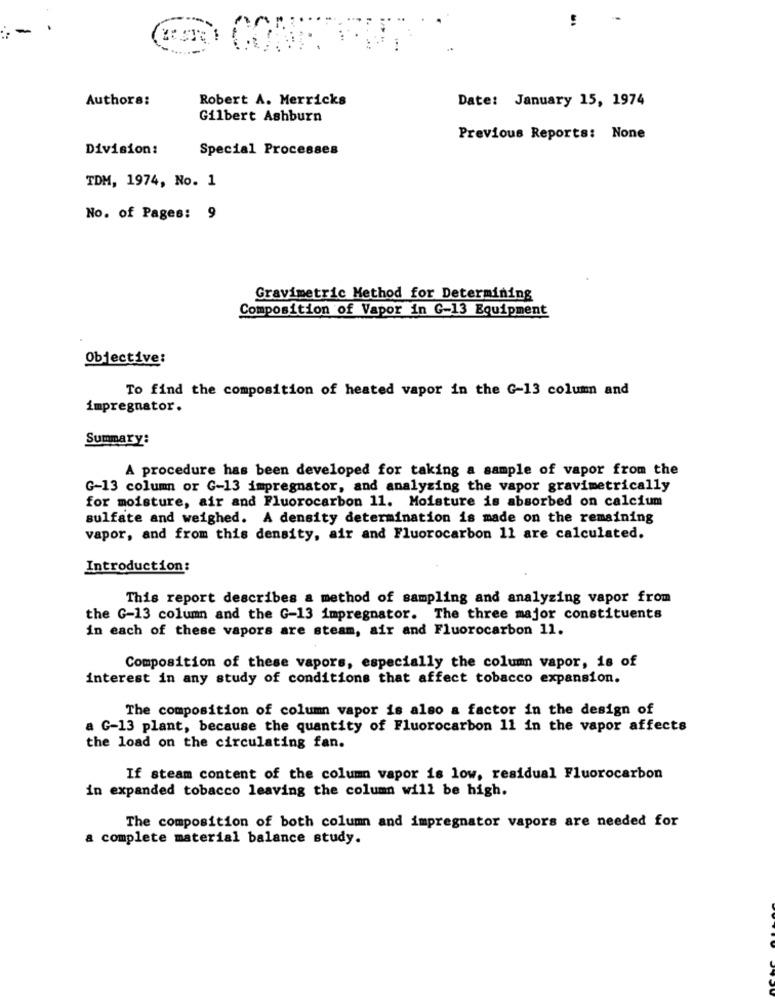
Authors:
Robert A. Merricks
Date: January 15, 1974
Gilbert Ashburn
Previous Reports: None
Division:
Special Processes
TDM, 1974, No. 1
No. of Pages: 9
Gravimetric Method for Determining
Composition of Vapor in G-13 Equipment
Objective:
To find the composition of heated vapor in the G-13 column and
impregnator.
Summary:
A procedure has been developed for taking a sample of vapor from the
G-13 column or G-13 impregnator, and analyzing the vapor gravimetrically
for moisture, air and Fluorocarbon 11. Moisture is absorbed on calcium
sulfate and weighed. A density determination is made on the remaining
vapor, and from this density, air and Fluorocarbon 11 are calculated.
Introduction:
This report describes a method of sampling and analyzing vapor from
the G-13 column and the G-13 impregnator. The three major constituents
in each of these vapors are steam, air and Fluorocarbon 11.
Composition of these vapors, especially the column vapor, is of
interest in any study of conditions that affect tobacco expansion.
The composition of column vapor is also a factor in the design of
a G-13 plant, because the quantity of Fluorocarbon 11 in the vapor affects
the load on the circulating fan.
If steam content of the column vapor is low, residual Fluorocarbon
in expanded tobacco leaving the column will be high.
The composition of both column and impregnator vapors are needed for
a complete material balance study.